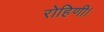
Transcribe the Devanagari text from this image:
रोहिणी।